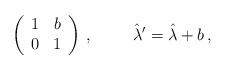
LaTeX: \begin{align*}\left(\begin{array}{rr}1 & b \\0 & 1 \\\end{array}\right)\, , \hspace{1cm}\hat{\lambda}^{\prime} = \hat{\lambda} +b\, ,\end{align*}